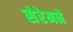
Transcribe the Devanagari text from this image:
सेरेमने